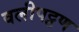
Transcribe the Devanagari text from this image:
वलीपट्टण